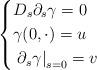
LaTeX: \begin{align*}\left\{\begin{aligned}&D_s\partial_s\gamma=0\\&\gamma(0,\cdot)=u\\&\left.\partial_s\gamma\right|_{s=0}=v\end{aligned}\right.\end{align*}